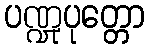
ပဏ္ဍုပုတ္တော